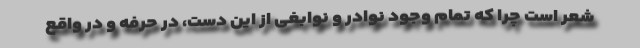
شعر است چرا که تمام وجود نوادر و نوابغی از این دست، در حرفه و در واقع